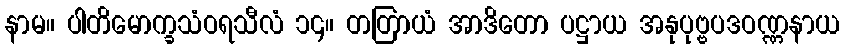
နာမ။ ပါတိမောက္ခသံဝရသီလံ ၁၄။ တတြာယံ အာဒိတော ပဋ္ဌာယ အနုပုဗ္ဗပဒဝဏ္ဏနာယ